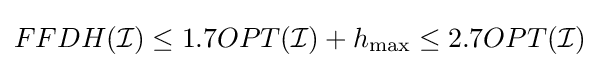
FFDH({\mathcal {I}})\leq 1.7OPT({\mathcal {I}})+h_{\max }\leq 2.7OPT({\mathcal {I}})